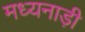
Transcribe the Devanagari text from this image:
मध्यनाड़ी